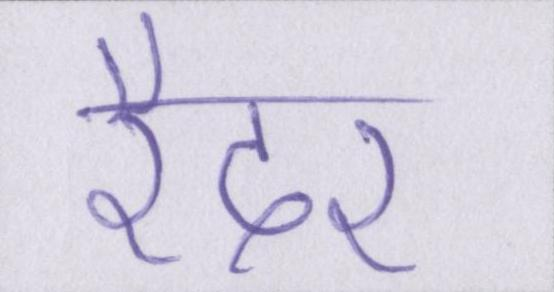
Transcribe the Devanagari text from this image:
रैदर